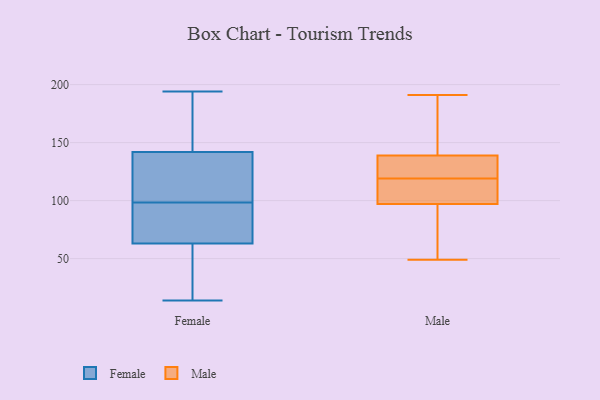
{"axis": {"x": "Shipments", "y": "Value"}, "legend": ["Female", "Male"], "data": [{"x": "", "y": 100, "type": "Female"}, {"x": "", "y": 156, "type": "Female"}, {"x": "", "y": 47, "type": "Female"}, {"x": "", "y": 97, "type": "Female"}, {"x": "", "y": 26, "type": "Female"}, {"x": "", "y": 143, "type": "Female"}, {"x": "", "y": 91, "type": "Female"}, {"x": "", "y": 87, "type": "Female"}, {"x": "", "y": 194, "type": "Female"}, {"x": "", "y": 79, "type": "Female"}, {"x": "", "y": 141, "type": "Female"}, {"x": "", "y": 137, "type": "Female"}, {"x": "", "y": 130, "type": "Female"}, {"x": "", "y": 93, "type": "Female"}, {"x": "", "y": 44, "type": "Female"}, {"x": "", "y": 162, "type": "Female"}, {"x": "", "y": 14, "type": "Female"}, {"x": "", "y": 160, "type": "Female"}, {"x": "", "y": 35, "type": "Female"}, {"x": "", "y": 115, "type": "Female"}, {"x": "", "y": 62, "type": "Male"}, {"x": "", "y": 117, "type": "Male"}, {"x": "", "y": 111, "type": "Male"}, {"x": "", "y": 139, "type": "Male"}, {"x": "", "y": 49, "type": "Male"}, {"x": "", "y": 122, "type": "Male"}, {"x": "", "y": 141, "type": "Male"}, {"x": "", "y": 125, "type": "Male"}, {"x": "", "y": 88, "type": "Male"}, {"x": "", "y": 191, "type": "Male"}, {"x": "", "y": 97, "type": "Male"}, {"x": "", "y": 106, "type": "Male"}, {"x": "", "y": 120, "type": "Male"}, {"x": "", "y": 120, "type": "Male"}, {"x": "", "y": 118, "type": "Male"}, {"x": "", "y": 97, "type": "Male"}, {"x": "", "y": 189, "type": "Male"}, {"x": "", "y": 169, "type": "Male"}]}